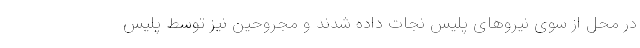
در محل از سوی نیروهای پلیس نجات داده شدند و مجروحین نیز توسط پلیس